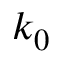
k _ { 0 }